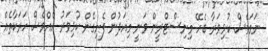
ނަމަވެސް ކުޅިވަރާ ބެހޭ މިނިސްޓްރީން ވަނީ މިއަދުން ފެށިގެން ކުޅިވަރު އެއްވެސް ހަރަކާތެއް